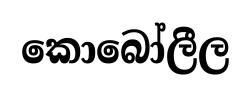
කොබෝලීල